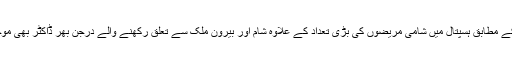
رپورٹ کے مطابق ہسپتال میں شامی مریضوں کی بڑی تعداد کے علاوہ شام اور بیرون ملک سے تعلق رکھنے والے درجن بھر ڈاکٹر بھی موجود تھے۔